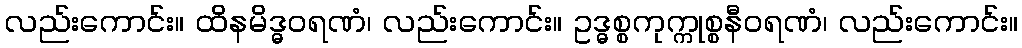
လည်းကောင်း။ ထိနမိဒ္ဓဝရဏံ၊ လည်းကောင်း။ ဥဒ္ဓစ္စကုက္ကုစ္စနီဝရဏံ၊ လည်းကောင်း။